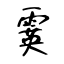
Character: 霙